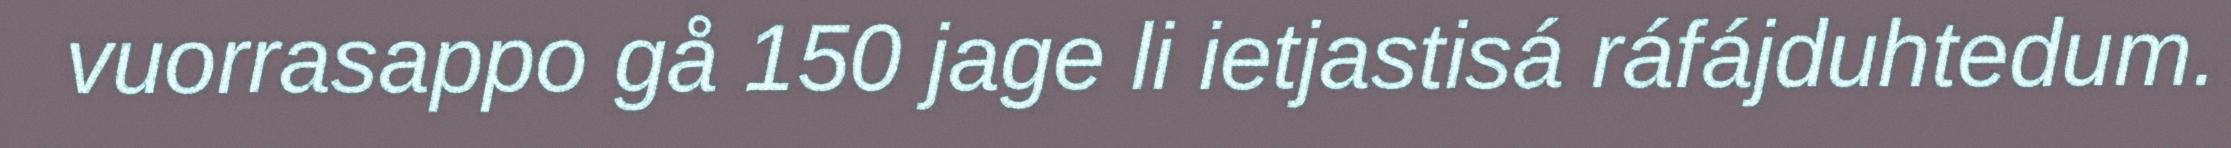
vuorrasappo gå 150 jage li ietjastisá ráfájduhtedum.